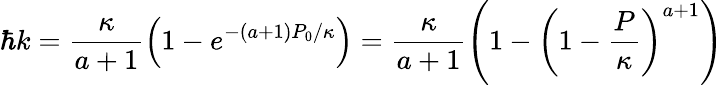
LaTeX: \hbar k=\frac{\kappa}{a+1}\left(1-e^{-(a+1)P_{0}/\kappa}\right)=\frac{\kappa}{a+1}\left(1-\left(1-\frac P\kappa\right)^{a+1}\right)